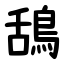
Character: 鴰